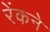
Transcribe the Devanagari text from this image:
रेंकने